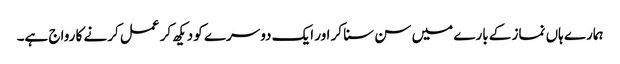
ہمارے ہاں نماز کے بارے میں سن سنا کر اور ایک دوسرے کو دیکھ کر عمل کرنے کا رواج ہے۔